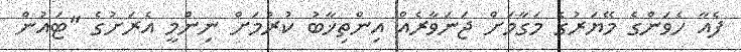
ފެއާ ހެވަންގެ މޭޔަރުގެ މަގާމަށް ޖަނަވާރެއް އިންތިޚާބު ކުރުމަށް ނިންމީ އެރަށުގެ "ޓައުން